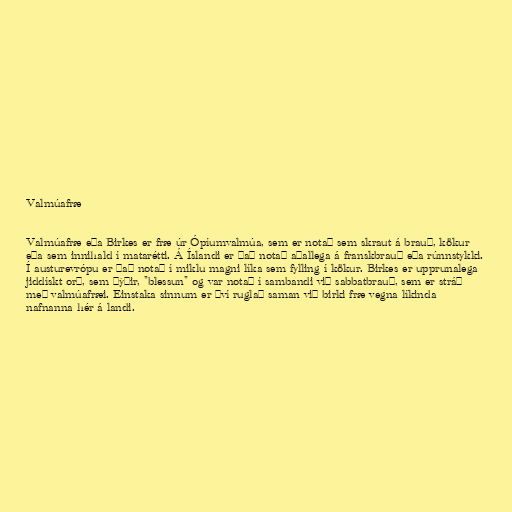
Valmúafræ

Valmúafræ eða Birkes er fræ úr Ópíumvalmúa, sem er notað sem skraut á brauð, kökur
eða sem innihald í matarétti. Á Íslandi er það notað aðallega á franskbrauð eða rúnnstykki.
Í austurevrópu er það notað í miklu magni líka sem fylling í kökur. Birkes er upprunalega
jiddískt orð, sem þýðir, "blessun" og var notað í sambandi við sabbatbrauð, sem er stráð
með valmúafræi. Einstaka sinnum er því ruglað saman við birki fræ vegna líkinda
nafnanna hér á landi.